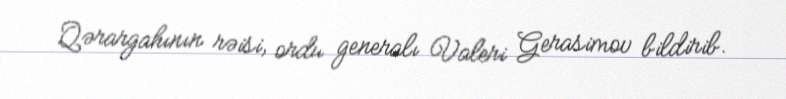
Qərargahının rəisi, ordu generalı Valeri Gerasimov bildirib.